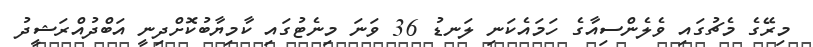
މިރޭގެ މެޗުގައި ވެލެންސިއާގެ ހަމައެކަނި ލަނޑު 36 ވަނަ މިނެޓުގައި ކާމިޔާބުކޮށްދިނީ އަބްދުއްރަޝީދު